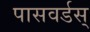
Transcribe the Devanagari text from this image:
पासवर्डस्